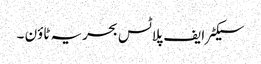
سیکٹر ایف پلاٹس بحریہ ٹاؤن ۔